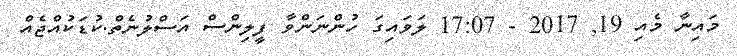
މައިނާ މެއި 19